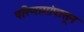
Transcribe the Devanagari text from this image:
परिणामांपासून